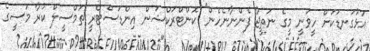
އަޅުގަނޑަކަށް ހީވަނީ މީގެ ނަތީޖާ ފެންނާނެހެން" ކޮންޓްރަކްޝަން އިންޑަސްޓްރީ ތަމްސީލް ކުރާ މަސީގެ